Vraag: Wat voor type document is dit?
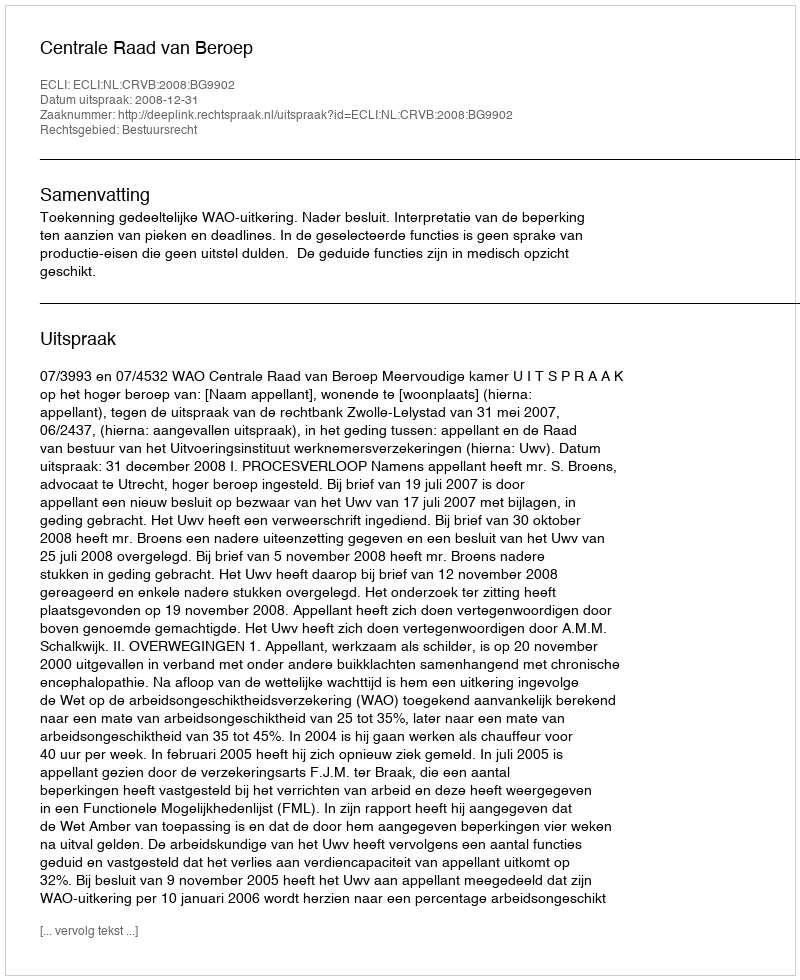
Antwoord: Uitspraak